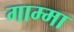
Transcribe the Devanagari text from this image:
गाम्मा